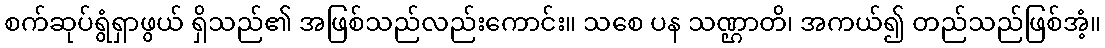
စက်ဆုပ်ရွံရှာဖွယ် ရှိသည်၏ အဖြစ်သည်လည်းကောင်း။ သစေ ပန သဏ္ဌာတိ၊ အကယ်၍ တည်သည်ဖြစ်အံ့။